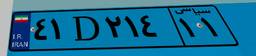
۴۱D۲۱۴۱۱